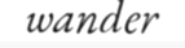
wander